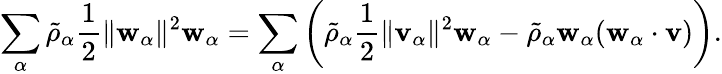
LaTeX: \begin{array}{r}{\displaystyle\sum_{\alpha}\tilde{\rho}_{\alpha}\frac{1}{2}\| \mathbf{w}_{\alpha}\| ^{2}\mathbf{w}_{\alpha}=\displaystyle\sum_{\alpha}\left(\tilde{\rho}_{\alpha}\frac{1}{2}\| \mathbf{v}_{\alpha}\| ^{2}\mathbf{w}_{\alpha}-\tilde{\rho}_{\alpha}\mathbf{w}_{\alpha}(\mathbf{w}_{\alpha}\cdot\mathbf{v})\right).}\end{array}